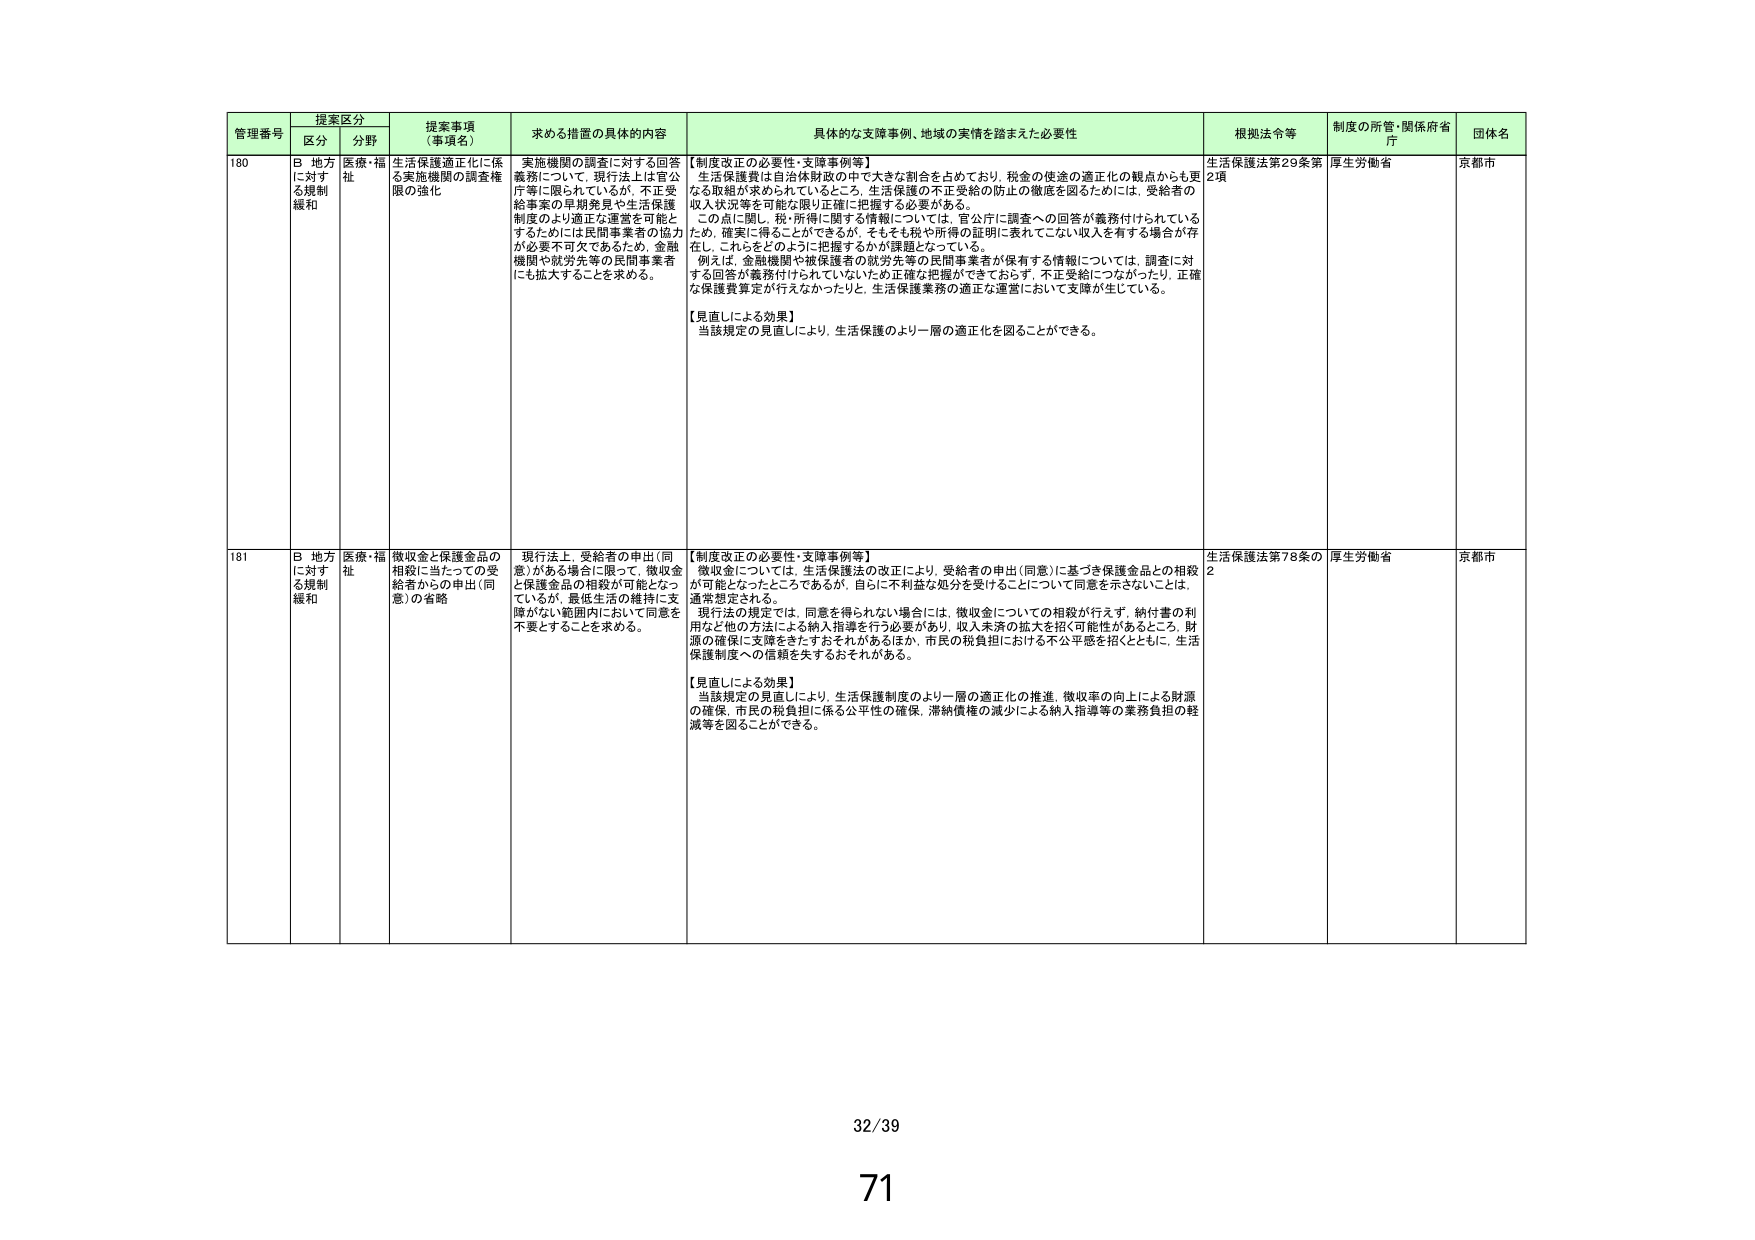
管理番号 提案区分 提案事項（事項名） 求める措置の具体的内容 具体的な支援事例、地域の実情を踏まえた必要性 根拠法令等 制度の所管・関係府省庁 団体名
区分 分野
180 B 地方に対する規制緩和 医療・福祉 生活保護適正化に係る実施機関の調査権限の強化 実施機関の調査に対する回答義務について、現行法上は官公庁等に限られているが、不正受給事案の早期発見や生活保護制度のより適正な運営を可能とするためには民間事業者の協力が必要不可欠であるため、金融機関や就労先等の民間事業者にも拡大することを求める。 【制度改正の必要性・支援事例等】 生活保護費は自治体財政の中で大きな割合を占めており、税金の使途の適正化の観点からも更なる取組が求められているところ、生活保護の不正受給の防止の徹底を図るためには、受給者の収入状況等を可能な限り正確に把握する必要がある。 この点に関し、税・所得に関する情報については、官公庁に調査への回答が義務付けられているため、確実に得ることができるが、そもそも税や所得の証明に表れてこない収入を有する場合が存在し、これらをどのように把握するかが課題となっている。 例えば、金融機関や被保護者の就労先等の民間事業者が保有する情報については、調査に対する回答が義務付けられていないため正確な把握ができておらず、不正受給につながったり、正確な保護費算定が行えなかったりと、生活保護業務の適正な運営において支障が生じている。 【見直しによる効果】 当該規定の見直しにより、生活保護のより一層の適正化を図ることができる。 生活保護法第29条第2項 厚生労働省 京都市
181 B 地方に対する規制緩和 医療・福祉 徴収金と保護金品の相殺に当たっての受給者からの申出（同意）の省略 現行法上、受給者の申出（同意）がある場合に限って、徴収金と保護金品の相殺が可能となっているが、最低生活の維持に支障がない範囲内において同意を不要とすることを求める。 【制度改正の必要性・支援事例等】 徴収金については、生活保護法の改正により、受給者の申出（同意）に基づき保護金品との相殺が可能となったところであるが、自らに不利益な処分を受けることについて同意を示さないことは、通常想定される。 現行法の規定では、同意を得られない場合には、徴収金についての相殺が行えず、納付書の利用など他の方法による納入指導を行う必要があり、収入未済の拡大を招く可能性があるところ、財源の確保に支障をきたすおそれがあるほか、市民の税負担における不公平感を招くとともに、生活保護制度への信頼を失するおそれがある。 【見直しによる効果】 当該規定の見直しにより、生活保護制度のより一層の適正化の推進、徴収率の向上による財源の確保、市民の税負担に係る公平性の確保、滞納債権の減少による納入指導等の業務負担の軽減等を図ることができる。 生活保護法第78条の2 厚生労働省 京都市
32/39
71